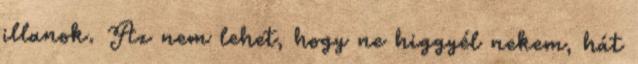
illanok. Az nem lehet, hogy ne higgyél nekem, hát